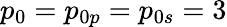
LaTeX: p_{0}=p_{0p}=p_{0s}=3